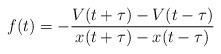
\begin{align*}f(t)=-\frac{V(t+\tau)-V(t-\tau)}{x(t+\tau)-x(t-\tau)} \end{align*}